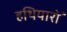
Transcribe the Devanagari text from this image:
हथियारो॑